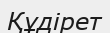
Құдірет